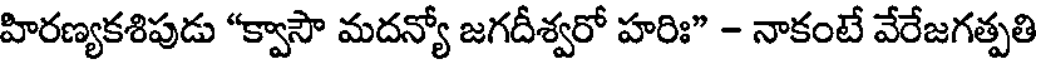
హిరణ్యకశిపుడు "క్వాసౌ మదన్యో జగదీశ్వరో హరిః" - నాకంటే వేరేజగత్పతి